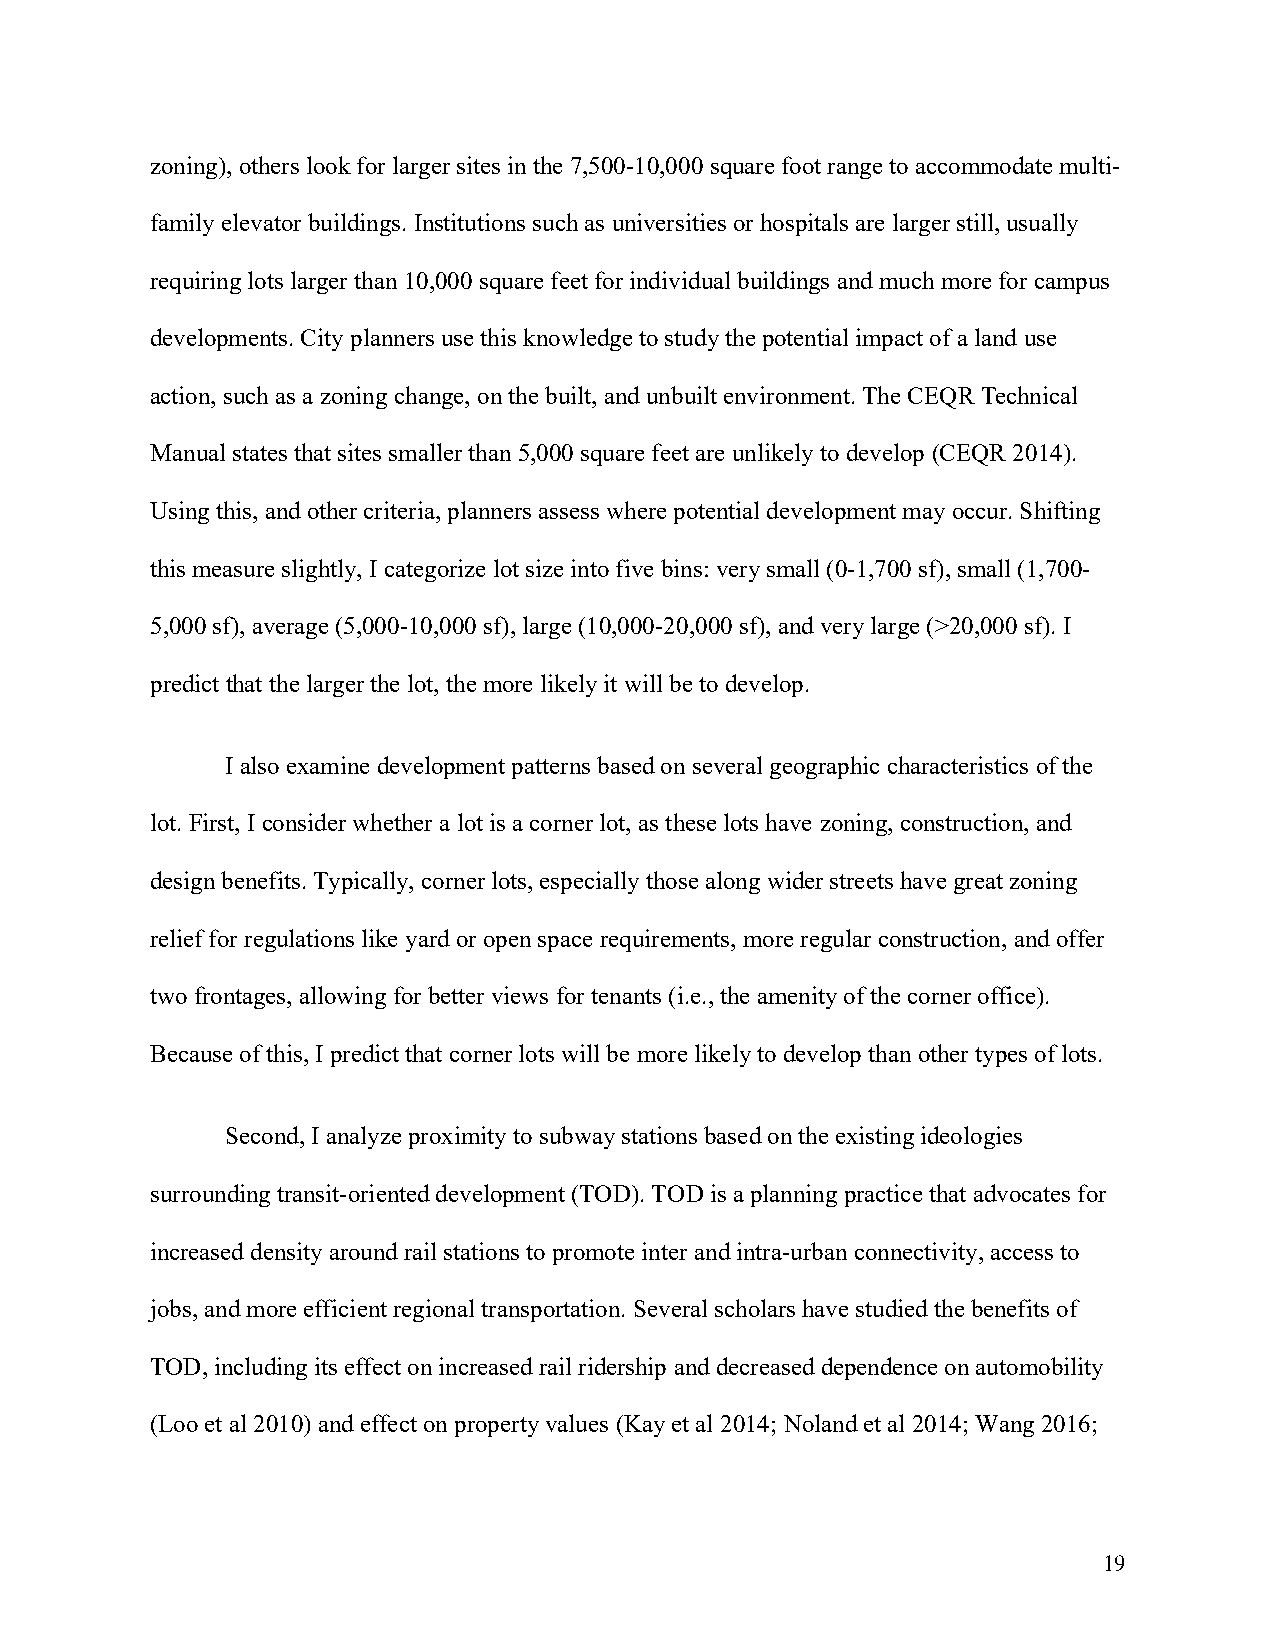
zoning), others look for larger sites in the 7,500-10,000 square foot range to accommodate multi-
 family elevator buildings. Institutions such as universities or hospitals are larger still, usually
 requiring lots larger than 10,000 square feet for individual buildings and much more for campus
 developments. City planners use this knowledge to study the potential impact of a land use
 action, such as a zoning change, on the built, and unbuilt environment. The CEQR Technical
 Manual states that sites smaller than 5,000 square feet are unlikely to develop (CEQR 2014).
 Using this, and other criteria, planners assess where potential development may occur. Shifting
 this measure slightly, I categorize lot size into five bins: very small (0-1,700 sf), small (1,700-
 5,000 sf), average (5,000-10,000 sf), large (10,000-20,000 sf), and very large (>20,000 sf). I
 predict that the larger the lot, the more likely it will be to develop.
 I also examine development patterns based on several geographic characteristics of the
 lot. First, I consider whether a lot is a corner lot, as these lots have zoning, construction, and
 design benefits. Typically, corner lots, especially those along wider streets have great zoning
 relief for regulations like yard or open space requirements, more regular construction, and offer
 two frontages, allowing for better views for tenants (i.e., the amenity of the corner office).
 Because of this, I predict that corner lots will be more likely to develop than other types of lots.
 Second, I analyze proximity to subway stations based on the existing ideologies
 surrounding transit-oriented development (TOD). TOD is a planning practice that advocates for
 increased density around rail stations to promote inter and intra-urban connectivity, access to
 jobs, and more efficient regional transportation. Several scholars have studied the benefits of
 TOD, including its effect on increased rail ridership and decreased dependence on automobility
 (Loo et al 2010) and effect on property values (Kay et al 2014; Noland et al 2014; Wang 2016;
 19